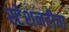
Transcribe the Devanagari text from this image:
स्टेशनरीचा